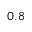
0 . 8